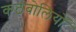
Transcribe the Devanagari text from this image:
कठबोलियों